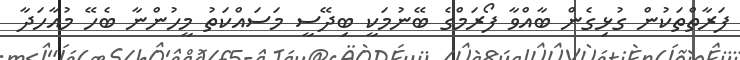
ފަރާތްތަކުން ގުޅިގެން ބާއްވާ ފޯރަމްގެ ބޭނުމަކީ ބިދޭސީ މަސައްކަތު މީހުންނާ ބެހޭ މުއާހަދާ